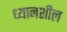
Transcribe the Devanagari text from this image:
ध्यानशील